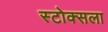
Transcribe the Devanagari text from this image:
स्टोक्सला